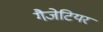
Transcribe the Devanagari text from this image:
गैजेटियर